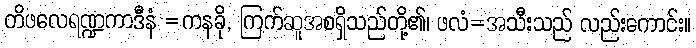
တိဖလေရဏ္ဍကာဒီနံ =ကနခို, ကြက်ဆူအစရှိသည်တို့၏၊ ဖလံ=အသီးသည် လည်းကောင်း။